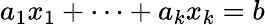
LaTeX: a_{1}x_{1}+\cdots+a_{k}x_{k}=b